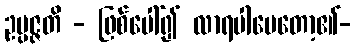
ဥပ္ပဇ္ဇတိ - ဖြစ်ပေါ်၍ လာရပါပေတော့၏-